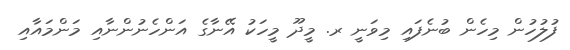
ފުލުހުން މިހެން ބުނެފައި މިވަނީ ރ. މީދޫ މީހަކު އޭނާގެ އަންހެނުންނާއި މަންމައާއި